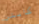
كابتن